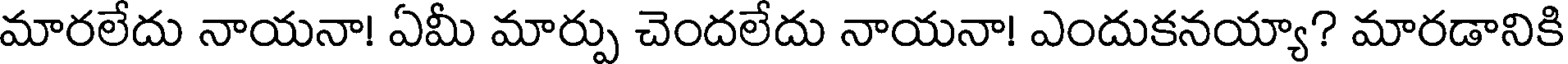
మారలేదు నాయనా! ఏమీ మార్పు చెందలేదు నాయనా! ఎందుకనయ్యా? మారడానికి